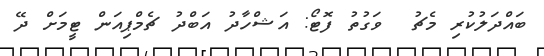
ބައްދަލުކުރި މެޗު  ވަގުތު ފޮޓޯ: އަޝްހާދު އަބްދު ޗެމްޕިއަން ޓީމަށް ދޭ